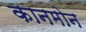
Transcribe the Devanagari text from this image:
कानमोन